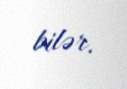
bilər.